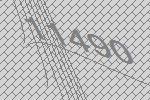
11490